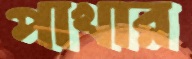
পাখার